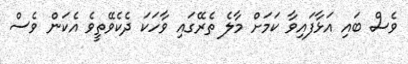
ވެސް ބައި އަޅާފައިވާ ކަމަށް މާލެ ތެރޭގައި ވާހަކަ ދެކެވޭތީވެ އެކަން ވެސް